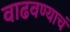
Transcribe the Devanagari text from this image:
वाढवण्याचं